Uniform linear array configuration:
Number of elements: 12
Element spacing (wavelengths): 0.25
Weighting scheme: hann
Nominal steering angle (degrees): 30
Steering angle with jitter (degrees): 31.937
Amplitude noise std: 0.05
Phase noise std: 0.05

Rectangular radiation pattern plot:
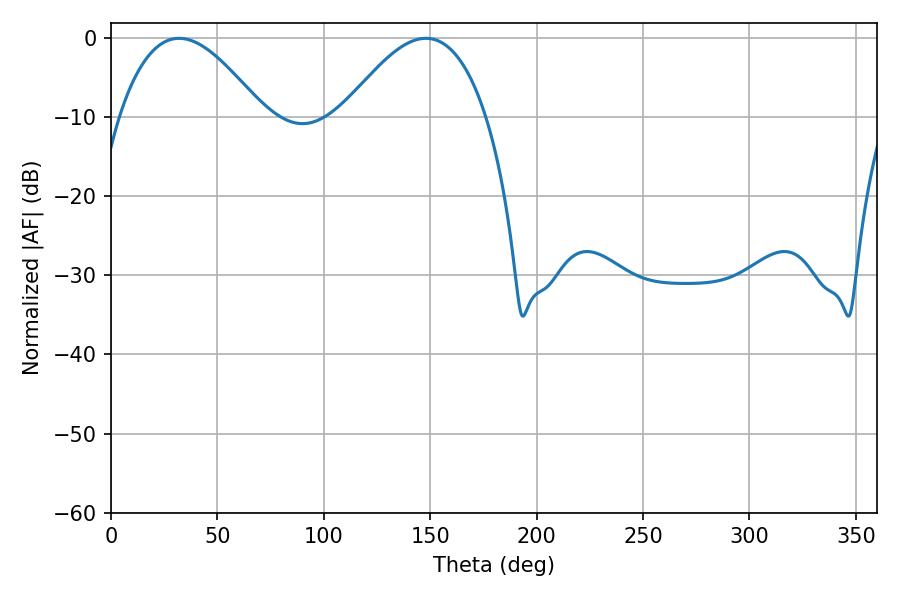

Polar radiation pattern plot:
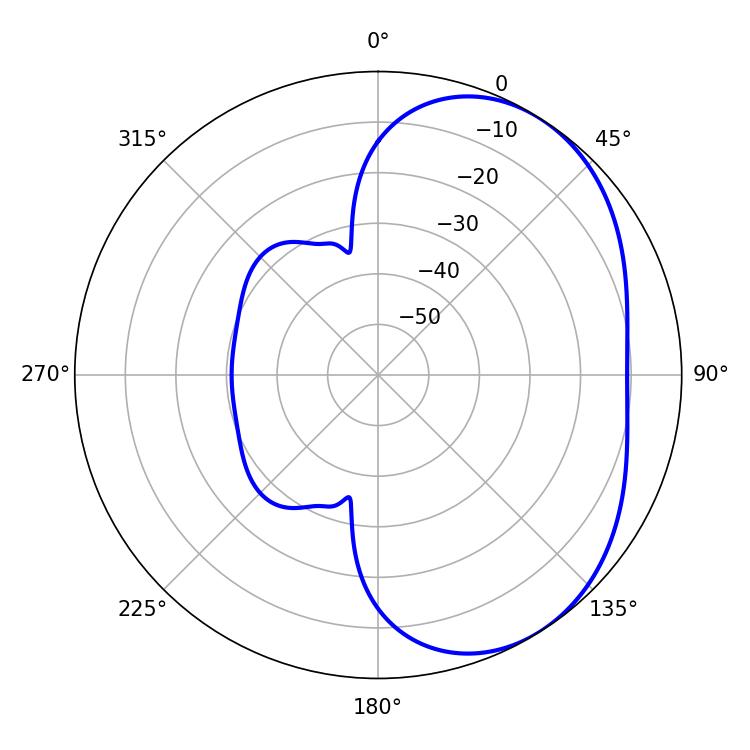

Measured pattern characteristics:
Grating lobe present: FALSE
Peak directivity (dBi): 3.873
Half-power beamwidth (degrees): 36.9
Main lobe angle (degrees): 32.04